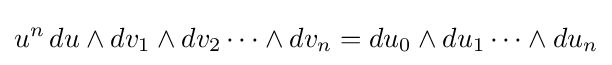
u^{n}\,du\wedge dv_{1}\wedge dv_{2}\cdots \wedge dv_{n}=du_{0}\wedge du_{1}\cdots \wedge du_{n}